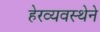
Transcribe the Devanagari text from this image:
हेरव्यवस्थेने